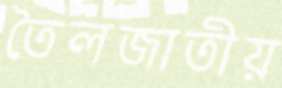
তৈলজাতীয়